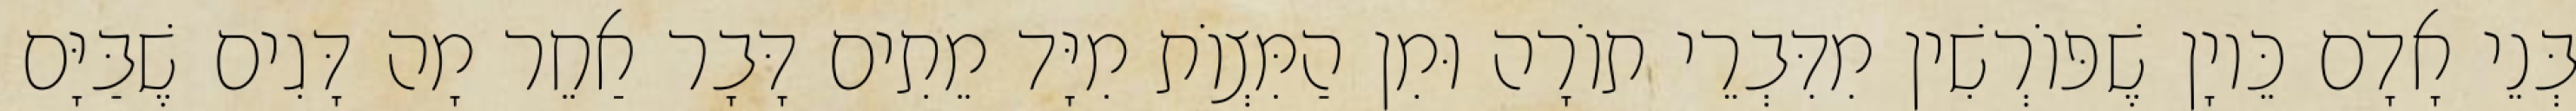
בְּנֵי אָדָם כֵּיוָן שֶׁפּוֹרְשִׁין מִדִּבְרֵי תוֹרָה וּמִן הַמִּצְוֹת מִיָּד מֵתִים דָּבָר אַחֵר מָה דָּגִים שֶׁבַּיָּם